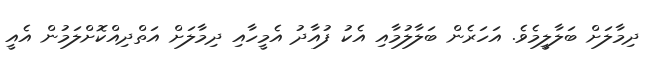
ދިމާލަށް ބަލާލީމެވެ. އަހަރެން ބަލާލުމާއި އެކު ފުއާދު އެމީހާއި ދިމާލަށް އަތްދިއްކޮށްލަމުން އެއީ